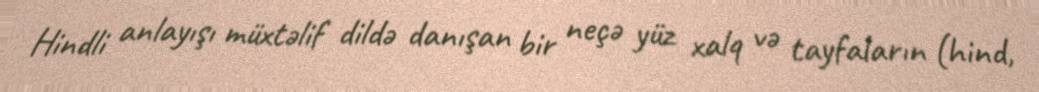
Hindli anlayışı müxtəlif dildə danışan bir neçə yüz xalq və tayfaların (hind,